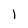
Character: 1